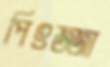
পিৎজ্জা